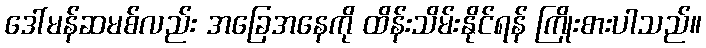
ဒေါ်မန်ဆမစ်လည်း အခြေအနေကို ထိန်းသိမ်းနိုင်ရန် ကြိုးစားပါသည်။